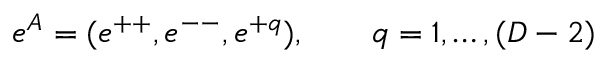
e ^ { A } = ( e ^ { + + } , e ^ { -- } , e ^ { + q } ) , \qquad q = 1 , \ldots , ( D - 2 )